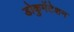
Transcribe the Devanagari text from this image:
डोकुमेंटेशन